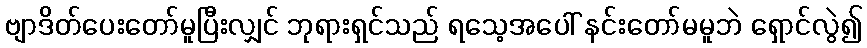
ဗျာဒိတ်ပေးတော်မူပြီးလျှင် ဘုရားရှင်သည် ရသေ့အပေါ် နင်းတော်မမူဘဲ ရှောင်လွဲ၍